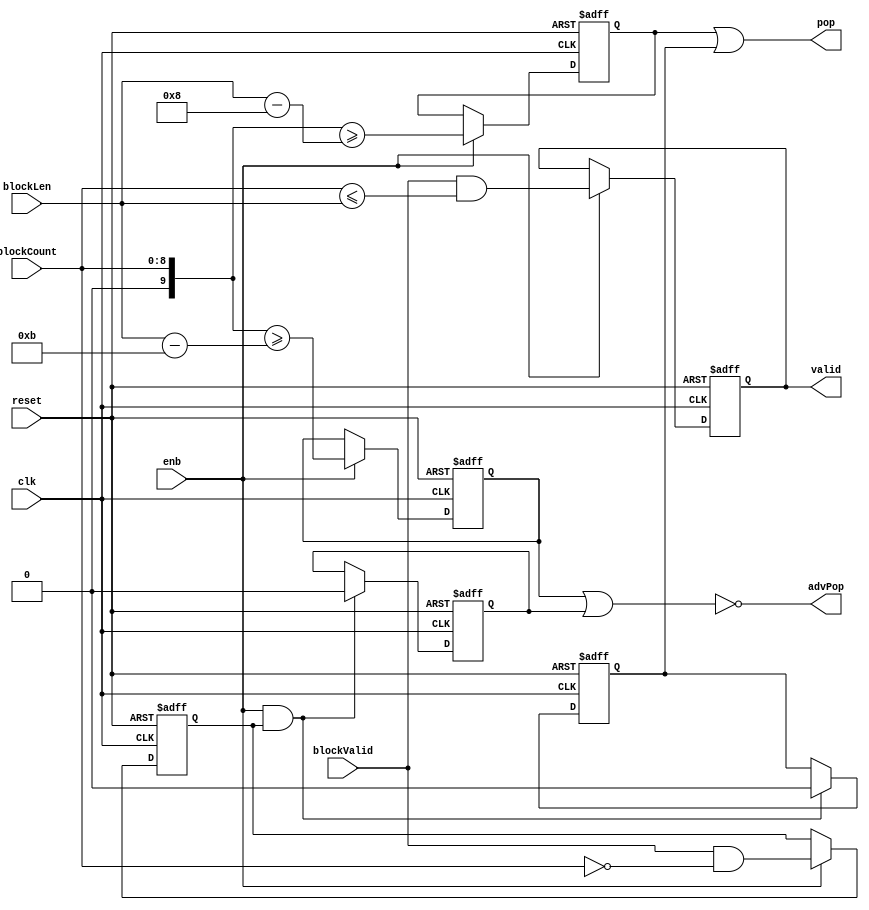
// -------------------------------------------------------------
// 
// 
// Generated by MATLAB 9.13 and HDL Coder 4.0
// 
// -------------------------------------------------------------


// -------------------------------------------------------------
// 
// Module: whdlOFDMTx_Generate_Output_Control_Signals
// Source Path: whdlOFDMTx/Frame Generator/Data/Data Chain/Symbol Interleaver/Interleaver/Read Logic/Generate Output 
// Control Signal
// Hierarchy Level: 8
// 
// -------------------------------------------------------------

`timescale 1 ns / 1 ns

module whdlOFDMTx_Generate_Output_Control_Signals
          (clk,
           reset,
           enb,
           blockLen,
           blockValid,
           blockCount,
           valid,
           pop,
           advPop);


  input   clk;
  input   reset;
  input   enb;
  input   [8:0] blockLen;  // ufix9
  input   blockValid;
  input   [8:0] blockCount;  // ufix9
  output  valid;
  output  pop;
  output  advPop;


  wire Relational_Operator2_relop1;
  wire Logical_Operator1_out1;
  reg  Delay6_out1;
  wire [3:0] Constant_out1;  // ufix4
  wire signed [9:0] Add_1;  // sfix10
  wire signed [9:0] Add_2;  // sfix10
  wire signed [9:0] Add_out1;  // sfix10
  wire signed [9:0] Relational_Operator1_1_1;  // sfix10
  wire Relational_Operator1_relop1;
  reg  Delay8_out1;
  wire Compare_To_Constant_out1;
  wire Logical_Operator8_out1;
  reg  Delay_out1;
  wire Constant1_out1;
  reg  Unit_Delay_Enabled_Synchronous_out1;
  wire Logical_Operator4_out1;
  wire [3:0] Constant2_out1;  // ufix4
  wire signed [9:0] Add1_1;  // sfix10
  wire signed [9:0] Add1_2;  // sfix10
  wire signed [9:0] Add1_out1;  // sfix10
  wire signed [9:0] Relational_Operator3_1_1;  // sfix10
  wire Relational_Operator3_relop1;
  reg  Delay1_out1;
  wire Constant3_out1;
  reg  Unit_Delay_Enabled_Synchronous1_out1;
  wire Logical_Operator3_out1;


  assign Relational_Operator2_relop1 = blockCount <= blockLen;



  assign Logical_Operator1_out1 = blockValid & Relational_Operator2_relop1;



  always @(posedge clk or posedge reset)
    begin : Delay6_process
      if (reset == 1'b1) begin
        Delay6_out1 <= 1'b0;
      end
      else begin
        if (enb) begin
          Delay6_out1 <= Logical_Operator1_out1;
        end
      end
    end



  assign valid = Delay6_out1;

  assign Constant_out1 = 4'b1000;



  assign Add_1 = {1'b0, blockLen};
  assign Add_2 = {6'b0, Constant_out1};
  assign Add_out1 = Add_1 - Add_2;



  assign Relational_Operator1_1_1 = {1'b0, blockCount};
  assign Relational_Operator1_relop1 = Relational_Operator1_1_1 >= Add_out1;



  always @(posedge clk or posedge reset)
    begin : Delay8_process
      if (reset == 1'b1) begin
        Delay8_out1 <= 1'b0;
      end
      else begin
        if (enb) begin
          Delay8_out1 <= Relational_Operator1_relop1;
        end
      end
    end



  assign Compare_To_Constant_out1 = blockCount == 9'b000000000;



  assign Logical_Operator8_out1 = blockValid & Compare_To_Constant_out1;



  always @(posedge clk or posedge reset)
    begin : Delay_process
      if (reset == 1'b1) begin
        Delay_out1 <= 1'b0;
      end
      else begin
        if (enb) begin
          Delay_out1 <= Logical_Operator8_out1;
        end
      end
    end



  assign Constant1_out1 = 1'b0;



  always @(posedge clk or posedge reset)
    begin : Unit_Delay_Enabled_Synchronous_process
      if (reset == 1'b1) begin
        Unit_Delay_Enabled_Synchronous_out1 <= 1'b1;
      end
      else begin
        if (enb && Delay_out1) begin
          Unit_Delay_Enabled_Synchronous_out1 <= Constant1_out1;
        end
      end
    end



  assign Logical_Operator4_out1 = Delay8_out1 | Unit_Delay_Enabled_Synchronous_out1;



  assign pop = Logical_Operator4_out1;

  assign Constant2_out1 = 4'b1011;



  assign Add1_1 = {1'b0, blockLen};
  assign Add1_2 = {6'b0, Constant2_out1};
  assign Add1_out1 = Add1_1 - Add1_2;



  assign Relational_Operator3_1_1 = {1'b0, blockCount};
  assign Relational_Operator3_relop1 = Relational_Operator3_1_1 >= Add1_out1;



  always @(posedge clk or posedge reset)
    begin : Delay1_process
      if (reset == 1'b1) begin
        Delay1_out1 <= 1'b0;
      end
      else begin
        if (enb) begin
          Delay1_out1 <= Relational_Operator3_relop1;
        end
      end
    end



  assign Constant3_out1 = 1'b0;



  always @(posedge clk or posedge reset)
    begin : Unit_Delay_Enabled_Synchronous1_process
      if (reset == 1'b1) begin
        Unit_Delay_Enabled_Synchronous1_out1 <= 1'b1;
      end
      else begin
        if (enb && Delay_out1) begin
          Unit_Delay_Enabled_Synchronous1_out1 <= Constant3_out1;
        end
      end
    end



  assign Logical_Operator3_out1 =  ~ (Delay1_out1 | Unit_Delay_Enabled_Synchronous1_out1);



  assign advPop = Logical_Operator3_out1;

endmodule  // whdlOFDMTx_Generate_Output_Control_Signals